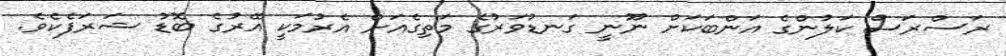
ރަސްރަސް ކަލުންގެ އަންބަކަށް ނޫނީ ގަނޑުވަރުގެ މަތިގެއަށް އެރުމަކީ އޭރުގެ ބޮޑު ޝަރަފެކެވެ.